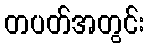
တပတ်အတွင်း